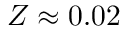
Z \approx 0 . 0 2